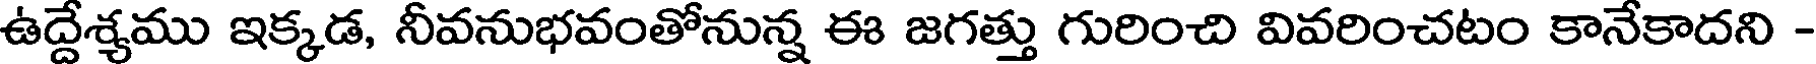
ఉద్దేశ్యము ఇక్కడ, నీవనుభవంతోనున్న ఈ జగత్తు గురించి వివరించటం కానేకాదని -